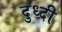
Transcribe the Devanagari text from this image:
दुध्दी